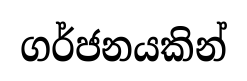
ගර්ජනයකින්